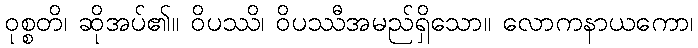
ဝုစ္စတိ၊ ဆိုအပ်၏။ ဝိပဿိ၊ ဝိပဿီအမည်ရှိသော။ လောကနာယကော၊